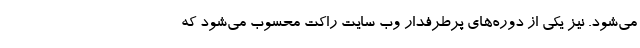
می‌شود. نیز یکی از دوره‌های پرطرفدار وب سایت راکت محسوب می‌شود که